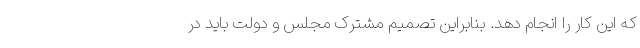
که این کار را انجام دهد. بنابراین تصمیم مشترک مجلس و دولت باید در